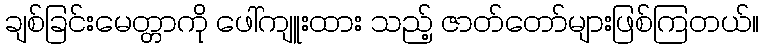
ချစ်ခြင်းမေတ္တာကို ဖေါ်ကျူးထား သည့် ဇာတ်တော်များဖြစ်ကြတယ်။